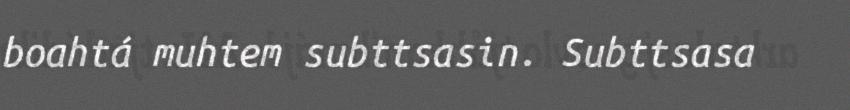
boahtá muhtem subttsasin. Subttsasa